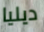
ديليا